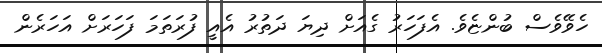
ހެވޭވެސް ބުންޏެވެ. އެފަހަރު ގެއަށް ދިޔަ ދަތުރު އެއީ ފުރަތަމަ ފަހަރަށް އަހަރެން